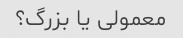
معمولی یا بزرگ؟